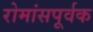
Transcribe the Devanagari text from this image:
रोमांसपूर्वक